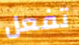
تفعل